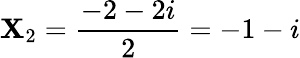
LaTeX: \mathbf{X}_{2}=\frac{{-2-2i}}{{2}}=-1-i